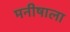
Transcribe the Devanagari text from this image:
मनीषाला